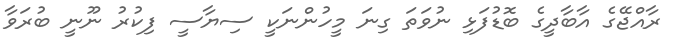
ރާއްޖޭގެ އާބާދީގެ ބޮޑުފަޅި ނުވަތަ ގިނަ މީހުންނަކީ ސިޔާސީ ފިކުރު ނޫނީ ބުރަވާ